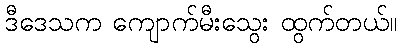
ဒီဒေသက ကျောက်မီးသွေး ထွက်တယ်။